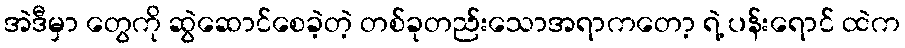
အဲဒီမှာ တွေကို ဆွဲဆောင်စေခဲ့တဲ့ တစ်ခုတည်းသောအရာကတော့ ရဲ့ ပန်းရောင် ထဲက